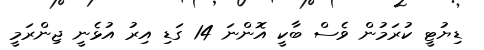
ޑިޔުޓީ ކުރަމުން ވެސް ބާކީ އޮންނަ 14 ގަޑި އިރު އުޅެނީ ޖިންރަމީ